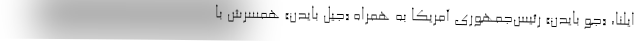
ایلنا، «جو بایدن» رئیس‌جمهوری آمریکا به همراه «جیل بایدن» همسرش با